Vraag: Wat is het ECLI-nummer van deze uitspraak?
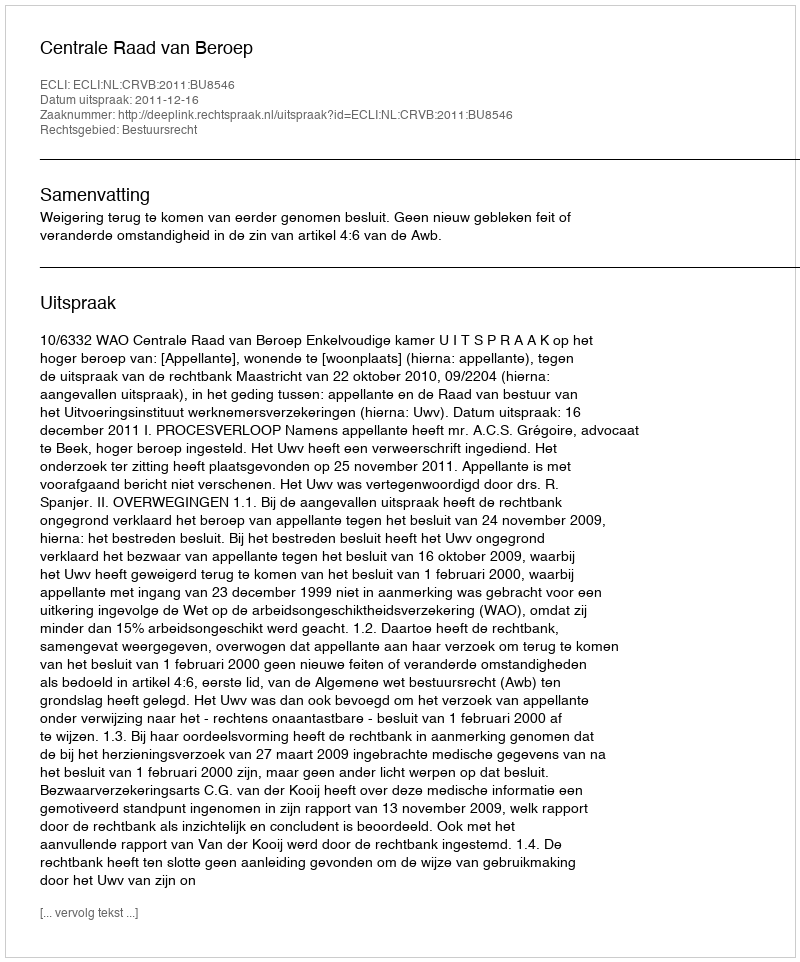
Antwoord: ECLI:NL:CRVB:2011:BU8546